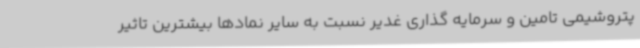
پتروشیمی تامین و سرمایه گذاری غدیر نسبت به سایر نمادها بیشترین تاثیر